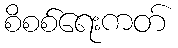
စိစစ်ရေးကတ်